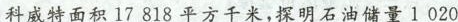
科威特面积17818平方千米，探明石油储量1020